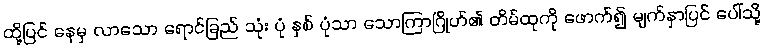
ထို့ပြင် နေမှ လာသော ရောင်ခြည် သုံး ပုံ နှစ် ပုံသာ သောကြာဂြိုဟ်၏ တိမ်ထုကို ဖောက်၍ မျက်နှာပြင် ပေါ်သို့